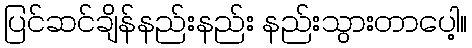
ပြင်ဆင်ချိန်နည်းနည်း နည်းသွားတာပေါ့။